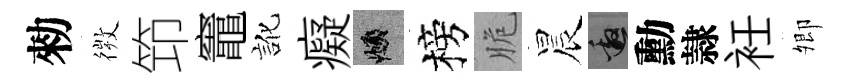
勑𢕄笻竈訛癡頫榜脆晨邀勳隷衽𡖖